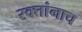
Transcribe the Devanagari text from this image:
रक्‍तांनाच